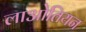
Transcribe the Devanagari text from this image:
लाओतियन